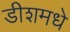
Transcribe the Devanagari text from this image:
डीशमधे